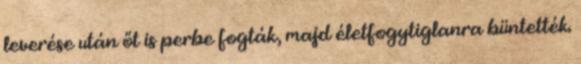
leverése után őt is perbe fogták, majd életfogytiglanra büntették.